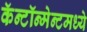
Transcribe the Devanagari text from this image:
कॅन्टॉन्मेन्टमध्ये